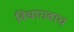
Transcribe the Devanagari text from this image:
विचारावरच